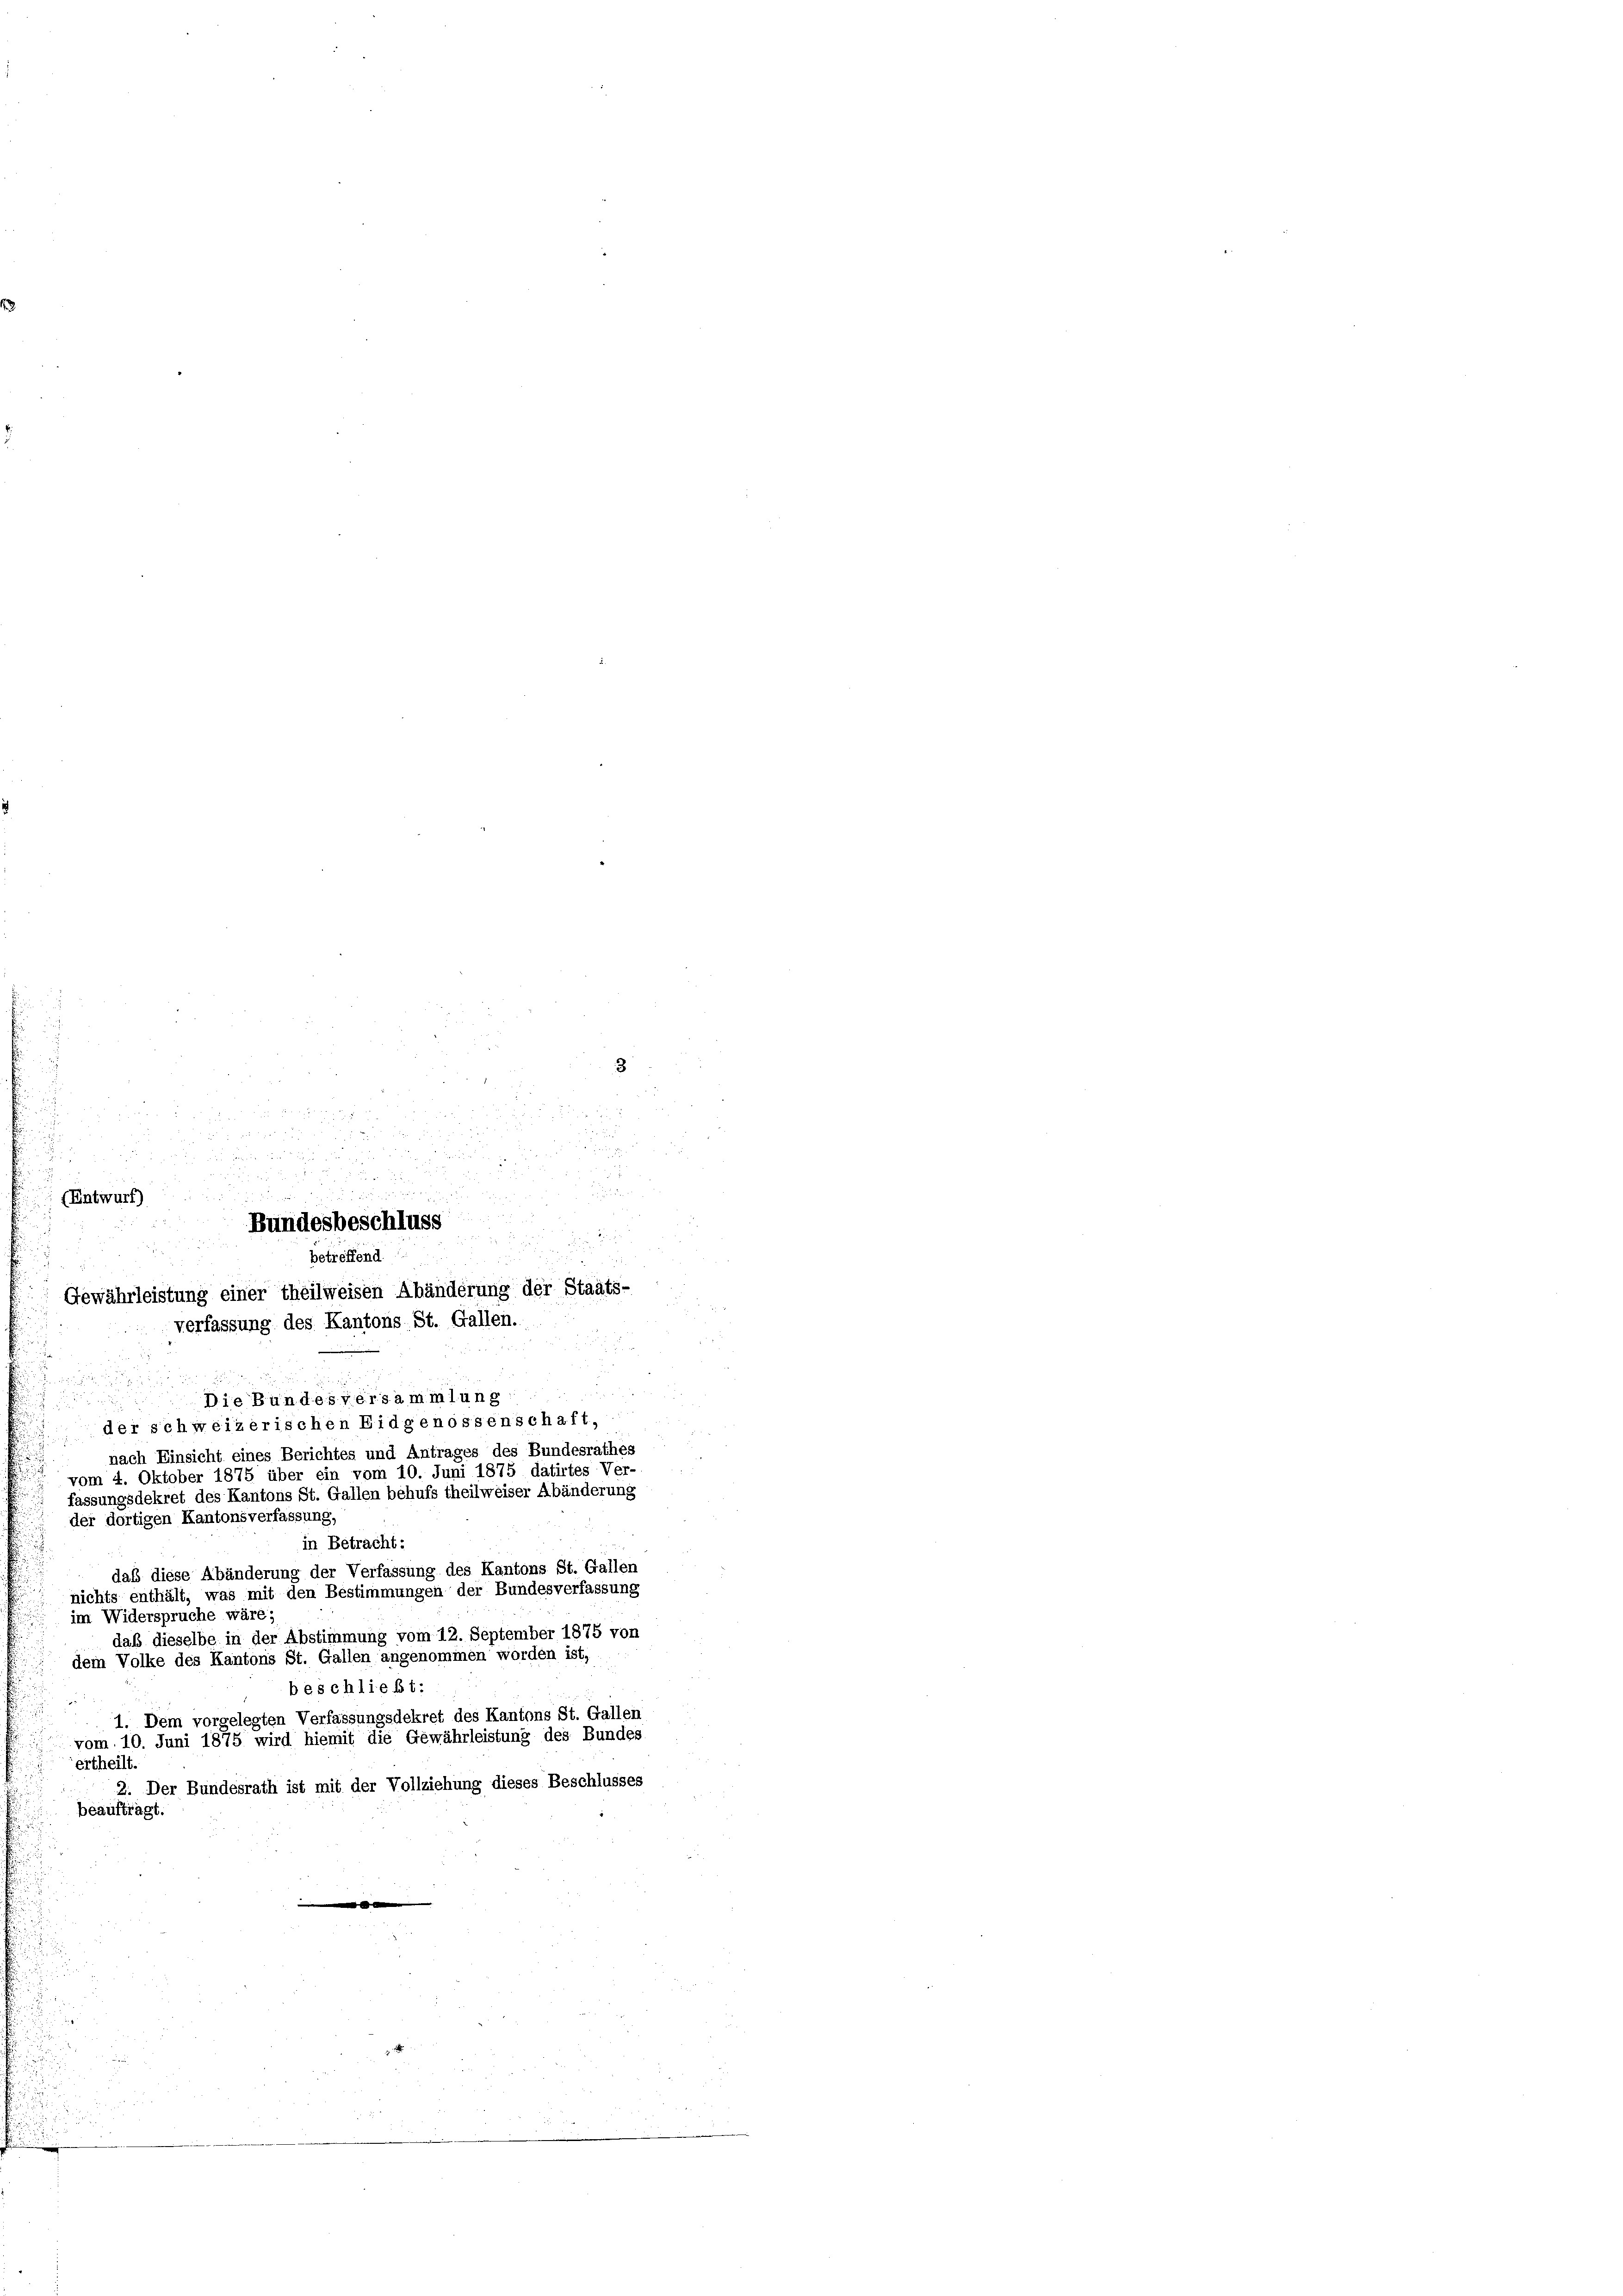
a
Die Bundesversammlung

der schweizerischen Eidgenossenschaft,
nach Einsicht eines Berichtes und Antrages des Bundesrathes
vom 4. Oktober 1875 über ein vom 10. Juni 1875 datirtes Ver-
fassungsdekret des Kantons St. Gallen behufs theilweiser Abänderung
der dortigen Kantonsverfassung,
in Betracht:
daß diese Abänderung der Verfassung des Kantons St. Gallen
nichts enthält, was mit den Bestimmungen der Bundesverfassung
im Widerspruche wäre;
daß dieselbe in der Abstimmung vom 12. September 1875 von
dem Volke des Kantons St. Gallen angenommen worden ist,
beschließt:
1. Dem vorgelegten Verfassungsdekret des Kantons St. Gallen
vom 10. Juni 1875 wird hiemit die Gewährleistung des Bundes
ertheilt.
2. Der Bundesrath ist mit der Vollziehung dieses Beschlusses
beauftragt.

(Entwurf)

u

u

d a. 2 f 20

Bundesbeschluss
i

betreffend
Gewährleistung einer theilweisen Abänderung der Staats-
verfassung des Kantons St. Gallen.